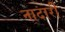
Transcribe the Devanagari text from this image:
नादारी